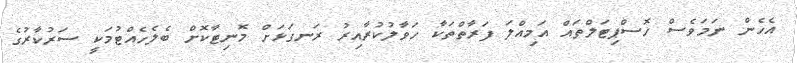
އެހެން ނަމަވެސް ހޮސްޕިޓަލްތައް އަމިއްލަ ފަރާތްތަކާ ހަވާލުކުރާއިރު ރަނގަޅަށް މޮނިޓާކޮށް ބެލެހެއްޓުމަކީ ސަރުކާރުގެ